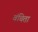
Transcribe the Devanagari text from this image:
वंचिता